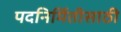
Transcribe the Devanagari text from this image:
पदनिर्मितीसाठी